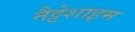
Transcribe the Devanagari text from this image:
नैट्टेशाइम